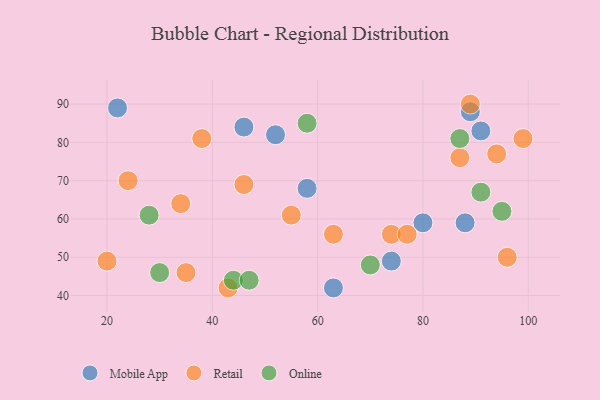
{"axis": {"x": "GDP", "y": "Life Expectancy"}, "legend": ["Mobile App", "Online", "Retail"], "data": [{"x": "74", "y": 49, "type": "Mobile App"}, {"x": "89", "y": 88, "type": "Mobile App"}, {"x": "88", "y": 59, "type": "Mobile App"}, {"x": "46", "y": 84, "type": "Mobile App"}, {"x": "63", "y": 42, "type": "Mobile App"}, {"x": "52", "y": 82, "type": "Mobile App"}, {"x": "80", "y": 59, "type": "Mobile App"}, {"x": "22", "y": 89, "type": "Mobile App"}, {"x": "91", "y": 83, "type": "Mobile App"}, {"x": "58", "y": 68, "type": "Mobile App"}, {"x": "63", "y": 56, "type": "Retail"}, {"x": "43", "y": 42, "type": "Retail"}, {"x": "55", "y": 61, "type": "Retail"}, {"x": "96", "y": 50, "type": "Retail"}, {"x": "74", "y": 56, "type": "Retail"}, {"x": "46", "y": 69, "type": "Retail"}, {"x": "87", "y": 76, "type": "Retail"}, {"x": "20", "y": 49, "type": "Retail"}, {"x": "89", "y": 90, "type": "Retail"}, {"x": "24", "y": 70, "type": "Retail"}, {"x": "94", "y": 77, "type": "Retail"}, {"x": "99", "y": 81, "type": "Retail"}, {"x": "77", "y": 56, "type": "Retail"}, {"x": "34", "y": 64, "type": "Retail"}, {"x": "35", "y": 46, "type": "Retail"}, {"x": "38", "y": 81, "type": "Retail"}, {"x": "95", "y": 62, "type": "Online"}, {"x": "30", "y": 46, "type": "Online"}, {"x": "87", "y": 81, "type": "Online"}, {"x": "44", "y": 44, "type": "Online"}, {"x": "91", "y": 67, "type": "Online"}, {"x": "28", "y": 61, "type": "Online"}, {"x": "70", "y": 48, "type": "Online"}, {"x": "47", "y": 44, "type": "Online"}, {"x": "58", "y": 85, "type": "Online"}]}